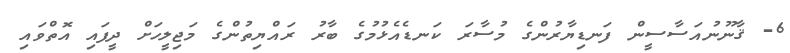
6- ޤާނޫނުއަސާސީން ފަނޑިޔާރުންގެ މުސާރަ ކަނޑެއެޅުމުގެ ބާރު ރައްޔިތުންގެ މަޖިލީހަށް ދީފައި އޮތްވައި